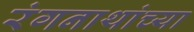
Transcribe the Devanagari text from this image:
रंगनाथांच्या